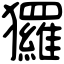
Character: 玀